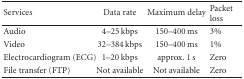
<table><thead><tr><td><b> Services</b></td><td><b> Data rate</b></td><td><b> Maximum delay</b></td><td><b> Packet loss</b></td></tr></thead><tbody><tr><td> Audio</td><td> 4–25 kbps</td><td> 150–400 ms</td><td> 3%</td></tr><tr><td> Video</td><td> 32–384 kbps</td><td> 150–400 ms</td><td> 1%</td></tr><tr><td> Electrocardiogram (ECG)</td><td> 1–20 kbps</td><td> approx. 1 s</td><td> Zero</td></tr><tr><td> File transfer (FTP)</td><td> Not available</td><td> Not available</td><td> Zero</td></tr></tbody></table>